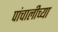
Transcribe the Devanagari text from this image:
पांचालीच्या